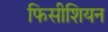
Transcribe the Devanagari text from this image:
फिसीशियन